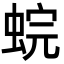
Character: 䖾